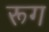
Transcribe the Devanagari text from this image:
रूग